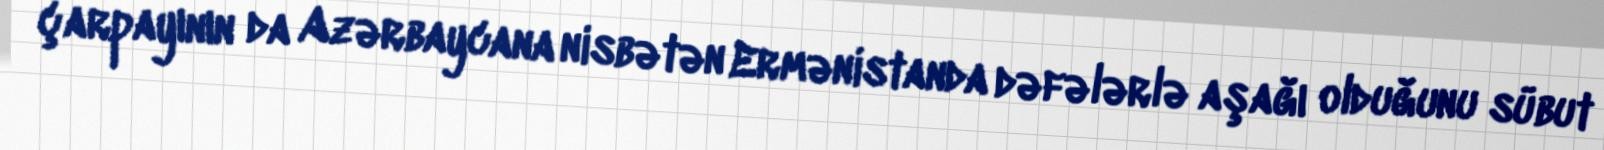
çarpayının da Azərbaycana nisbətən Ermənistanda dəfələrlə aşağı olduğunu sübut